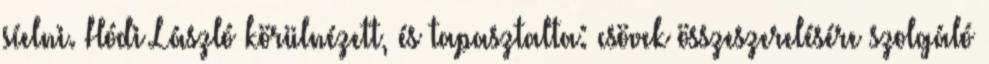
síelni. Hódi László körülnézett, és tapasztalta: csövek összeszerelésére szolgáló